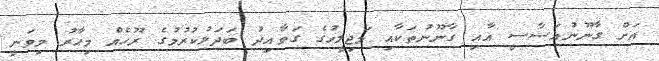
އަށް ގާނޫނުއަސާސީ އާއި ގާނޫނުތަކާއި މަޖިލީހުގެ ގަވާއިދު ބަދަލުކުރުމުގެ ރޫހެއް މިހާރު މިވަނީ